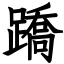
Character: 蹻